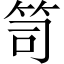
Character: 笥